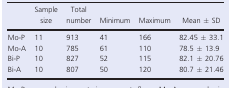
|  | Sample size | Total number | Minimum | Maximum | Mean ± SD |
 | --- | --- | --- | --- | --- | --- |
 | Mo‐P | 11 | 913 | 41 | 166 | 82.45 ± 33.1 |
 | Mo‐A | 10 | 785 | 61 | 110 | 78.5 ± 13.9 |
 | Bi‐P | 10 | 827 | 52 | 115 | 82.1 ± 20.76 |
 | Bi‐A | 10 | 807 | 50 | 120 | 80.7 ± 21.46 |